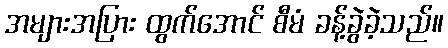
အများအပြား ထွက်အောင် စီမံ ခန့်ခွဲခဲ့သည်။